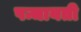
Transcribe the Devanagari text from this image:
पन्चायती